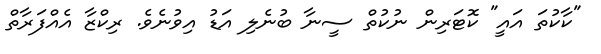
"ކާކުތަ އައީ" ކޮޓަރިން ނުކުތް ސީނާ ބުނެލި އަޑު އިވުނެވެ. ރިކްޒާ އެއްފަރާތް